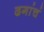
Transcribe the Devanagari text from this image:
ढगांचं